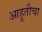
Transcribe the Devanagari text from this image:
आहूतीचा